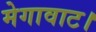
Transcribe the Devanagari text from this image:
मेगावाट।